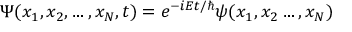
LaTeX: \Psi ( x _ { 1 } , x _ { 2 } , \ldots , x _ { N } , t ) = e ^ { - i E t / \hbar } \psi ( x _ { 1 } , x _ { 2 } \ldots , x _ { N } )